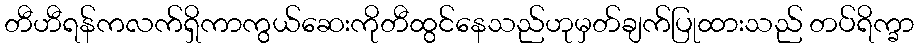
တီဟီရန်ကလက်ရှိကာကွယ်ဆေးကိုတီထွင်နေသည်ဟုမှတ်ချက်ပြုထားသည် တပ်ရိက္ခာ